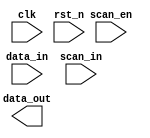
// This program was cloned from: https://github.com/intel/aib-phy-hardware
// License: Apache License 2.0

// SPDX-License-Identifier: Apache-2.0
// Copyright (C) 2019 Intel Corporation. All rights reserved
//****************************************************************************************
//  2011 Altera Corporation. All rights reserved.
//
//****************************************************************************************

module altr_hps_t2_register
    (
    input  wire              clk,      // clock
    input  wire              rst_n,    // async reset
    input  wire              scan_en,   // scan enable
    input  wire              data_in,   // data in
    input  wire              scan_in,   // scan in
    output wire              data_out   // data out
     );

`ifdef ALTR_HPS_INTEL_MACROS_OFF

   reg   dff1;
   
   always @(posedge clk or negedge rst_n)
   begin
      if (!rst_n)
         dff1     <= 1'b0;
      else
         dff1 <= scan_en ? scan_in : data_in;
   end
   assign data_out = dff1;

`else
 
 
 

`endif

endmodule // altr_interface_register